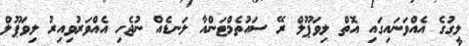
ލީގުގެ އެއްވަނައިގައި އޮތް ލިވަޕޫލް ރޭ ސައުތެމްޓަންއާ ލަނޑެއް ނުޖެހި އެއްވަރުވިއިރު ލިވަޕޫލް